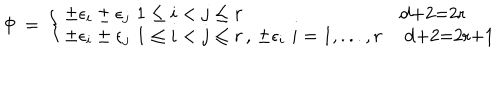
\Phi \, = \, \left\{ \left\{ \begin{cases} { { \pm \epsilon _ { i } \pm \epsilon _ { j } \, \, 1 \le i < j \le r } } & { { d + 2 = 2 r } } \\ { { \pm \epsilon _ { i } \pm \epsilon _ { j } \, \, 1 \le i < j \le r \, , \, \pm \epsilon _ { i } \, \, i = 1 , . . . , r } } & { { d + 2 = 2 r + 1 } } \\ \end{cases} \right. \right.